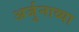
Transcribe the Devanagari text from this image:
अर्जुनाव्या